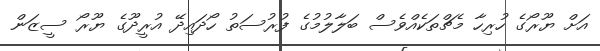
އަށް ޔޫރޯގެ ހުރިހާ މެޗްތަކެއްވެސް ބަލާލުމުގެ ފުރުސަތު ހޯދައިދޭ އުރީދޫގެ ޔޫރޯ ސީޒަން